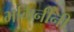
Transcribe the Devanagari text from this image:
भगिनींनी